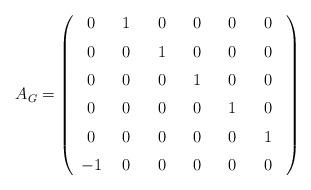
LaTeX: \begin{align*} A_G = \left(\begin{array}{cccccc}0&\hspace{1.7mm}1\hspace{1.7mm}&\hspace{1.7mm}0\hspace{1.7mm}&\hspace{1.7mm}0\hspace{1.7mm}&\hspace{1.7mm}0\hspace{1.7mm}&\hspace{1.7mm}0\hspace{1.7mm}\\\noalign{\medskip}0&0&1&0&0&0\\\noalign{\medskip}0&0&0&1&0&0\\\noalign{\medskip}0&0&0&0&1&0\\\noalign{\medskip}0&0&0&0&0&1\\\noalign{\medskip}-1&0&0&0&0&0\end{array}\right)\end{align*}